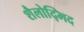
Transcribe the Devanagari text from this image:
शैलोद्भिद